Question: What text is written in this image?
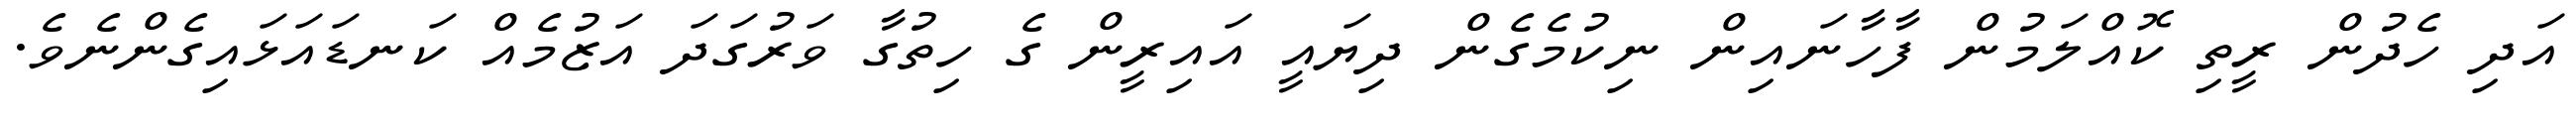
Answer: އަދި ހެދުން ރީތި ކޮއްލަމުން ފާހާނައިން ނިކުމެގެން ދިޔައީ އައިރީން ގެ ހިތުގާ ވަރުގަދަ އަޒުމެއް ކަނޑައަޅައިގެންނެވެ.